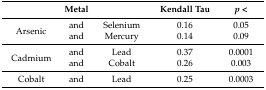
<table><thead><tr><td colspan="3"><b>Metal</b></td><td><b>Kendall Tau</b></td><td><b><i>p</i> &lt;</b></td></tr></thead><tbody><tr><td rowspan="2">Arsenic</td><td>and</td><td>Selenium</td><td>0.16</td><td>0.05</td></tr><tr><td>and</td><td>Mercury</td><td>0.14</td><td>0.09</td></tr><tr><td rowspan="2">Cadmium</td><td>and</td><td>Lead</td><td>0.37</td><td>0.0001</td></tr><tr><td>and</td><td>Cobalt</td><td>0.26</td><td>0.003</td></tr><tr><td>Cobalt</td><td>and</td><td>Lead</td><td>0.25</td><td>0.0003</td></tr></tbody></table>